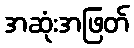
အဆုံးအဖြတ်